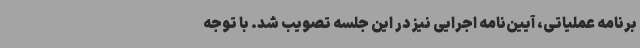
برنامه عملیاتی، آیین‌نامه‌ اجرایی نیز در این جلسه تصویب شد. با توجه